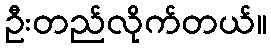
ဦးတည်လိုက်တယ်။